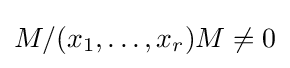
M/(x_{1},\dots ,x_{r})M\neq 0